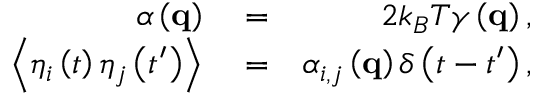
\begin{array} { r l r } { \alpha \left( { \mathbf { q } } \right) } & { { } = } & { 2 k _ { B } T \gamma \left( { \mathbf { q } } \right) , } \\ { \left\langle { { \eta _ { i } } \left( t \right) { \eta _ { j } } \left( { t ^ { \prime } } \right) } \right\rangle } & { { } = } & { { \alpha _ { i , j } } \left( { \mathbf { q } } \right) \delta \left( { t - t ^ { \prime } } \right) , } \end{array}